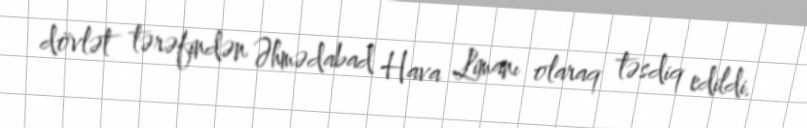
dövlət tərəfindən Əhmədabad Hava Limanı olaraq təsdiq edildi.